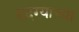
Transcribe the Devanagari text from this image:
हदग्याच्या